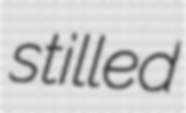
stilled